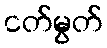
ငတ်မွတ်